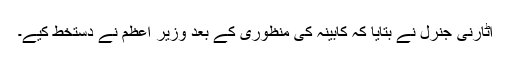
اٹارنی جنرل نے بتایا کہ کابینہ کی منظوری کے بعد وزیر اعظم نے دستخط کیے۔